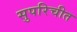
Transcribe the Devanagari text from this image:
सुपरिचीत